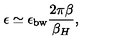
\epsilon \simeq \epsilon _ { \mathrm { b w } } { \frac { 2 \pi \beta } { \beta _ { H } } } ,